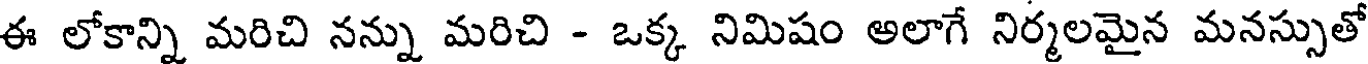
ఈ లోకాన్ని మరిచి నన్ను మరిచి - ఒక్క నిమిషం అలాగే నిర్మలమైన మనస్సుతో